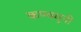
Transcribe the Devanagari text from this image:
कण्वमुनी